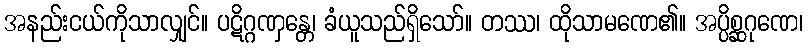
အနည်းငယ်ကိုသာလျှင်။ ပဋိဂ္ဂဏှန္တေ၊ ခံယူသည်ရှိသော်။ တဿ၊ ထိုသာမဏေ၏။ အပ္ပိစ္ဆဂုဏေ၊